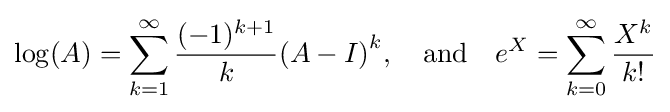
\log(A)=\sum _{k=1}^{\infty }{\frac {(-1)^{k+1}}{k}}{(A-I)}^{k},\quad {\text{and}}\quad e^{X}=\sum _{k=0}^{\infty }{\frac {X^{k}}{k!}}